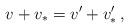
LaTeX: \begin{align*} v+v_* = v'+v_*'\,,\end{align*}